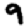
Digit: 9